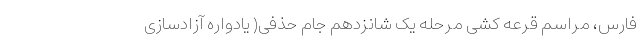
فارس، مراسم قرعه کشی مرحله یک شانزدهم جام حذفی( یادواره آزادسازی